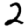
Digit: 2